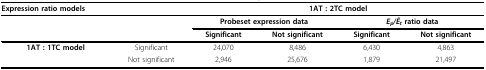
<table><thead><tr><td><b>Expression ratio models</b></td><td></td><td colspan="4"><b>1AT : 2TC model</b></td></tr></thead><tbody><tr><td></td><td></td><td colspan="2"><b>Probeset expression data</b></td><td colspan="2"><b><i>E</i></b><sub><b><i>p</i></b></sub><b><i>/Ē</i></b><sub><b><i>t </i></b></sub><b>ratio data</b></td></tr><tr><td></td><td></td><td><b>Significant</b></td><td><b>Not significant</b></td><td><b>Significant</b></td><td><b>Not significant</b></td></tr><tr><td><b>1AT : 1TC model</b></td><td>Significant</td><td>24,070</td><td>8,486</td><td>6,430</td><td>4,863</td></tr><tr><td></td><td>Not significant</td><td>2,946</td><td>25,676</td><td>1,879</td><td>21,497</td></tr></tbody></table>